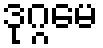
ဒုဂ္ဂမေ